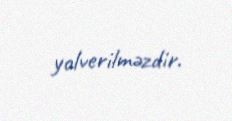
yolverilməzdir.